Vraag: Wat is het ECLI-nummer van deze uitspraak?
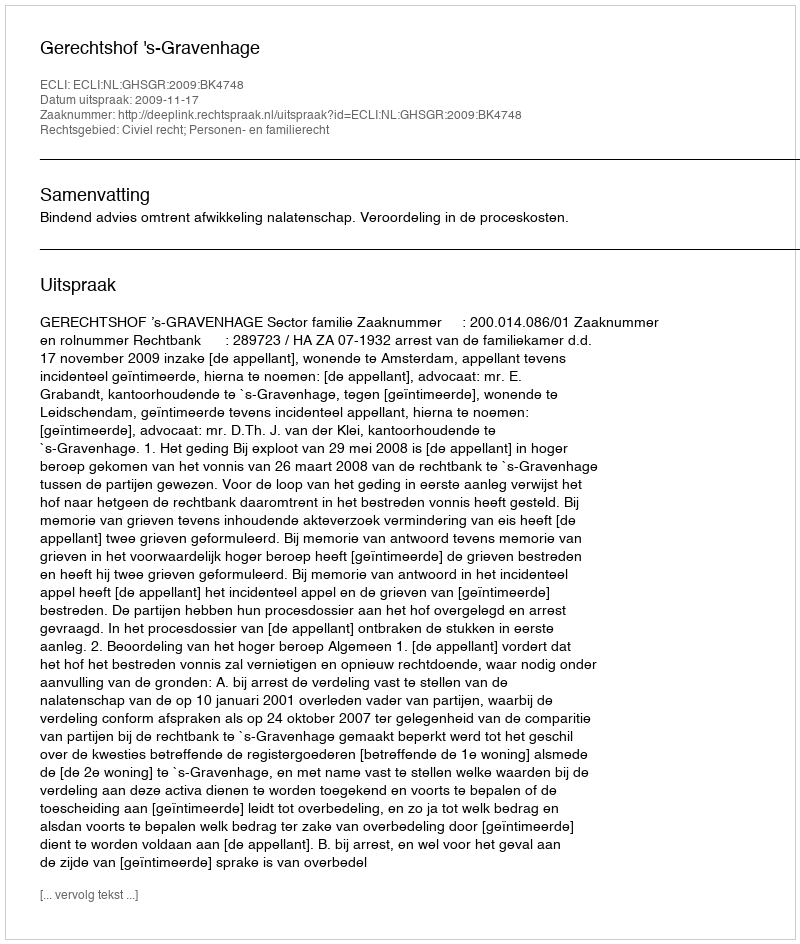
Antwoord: ECLI:NL:GHSGR:2009:BK4748